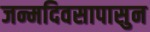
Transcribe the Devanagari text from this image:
जन्मदिवसापासुन